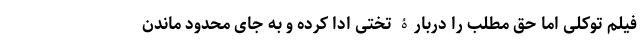
فیلم توکلی اما حق مطلب را دربارۀ تختی ادا کرده و به جای محدود ماندن